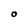
Character: O